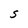
Character: S